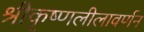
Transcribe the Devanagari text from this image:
श्रीकृष्णलीलावर्णन